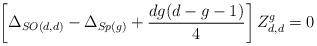
LaTeX: \begin{align*}\left[ \Delta_{SO(d,d)} - \Delta_{Sp(g)} +\frac{dg(d-g-1)}{4}\right] Z_{d,d}^{g} =0\end{align*}